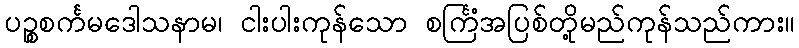
ပဉ္စစင်္ကမဒေါသနာမ၊ ငါးပါးကုန်သော စင်္ကြံအပြစ်တို့မည်ကုန်သည်ကား။